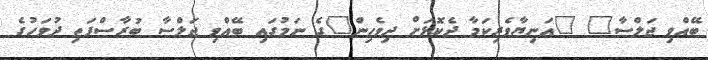
ބޭއްވި ޖަލްސާ" "އަނިޔާވެރިކަމާ ދެކޮޅަށް ދިވެހިން"ގެ ނަމުގައި ބޭއްވި ޖަލްސާ ބުރާސްފަތި ދުވަހުގެ